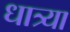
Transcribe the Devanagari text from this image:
धात्र्या